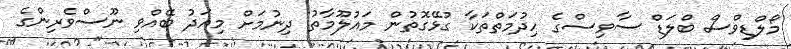
މޯލްޑިވްސް ބްލަޑް ސާވިސްގެ ހިދުމަތްތަކާ ގުޅޭގޮތުން މައުލޫމާތު ދިނުމަށް މިއަދު ބޭއްވި ނޫސްވެރިންގެ